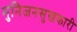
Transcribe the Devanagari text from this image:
मुनिजनसुखकारी